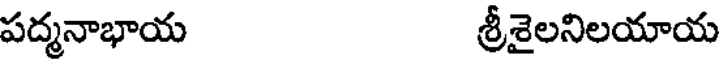
పద్మనాభాయ శ్రీశైలనిలయాయ